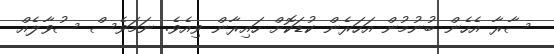
ސާރާ އެހެން ބުނުމުން އަހަރެން ކުޑަކޮށް ހައިރާން ވިއެވެ. ނަމަވެސް ސުވާލެއް